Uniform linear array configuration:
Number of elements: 12
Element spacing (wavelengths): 1
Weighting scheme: binomial
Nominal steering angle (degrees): -45
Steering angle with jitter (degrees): -44.572
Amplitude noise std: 0.05
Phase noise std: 0.05

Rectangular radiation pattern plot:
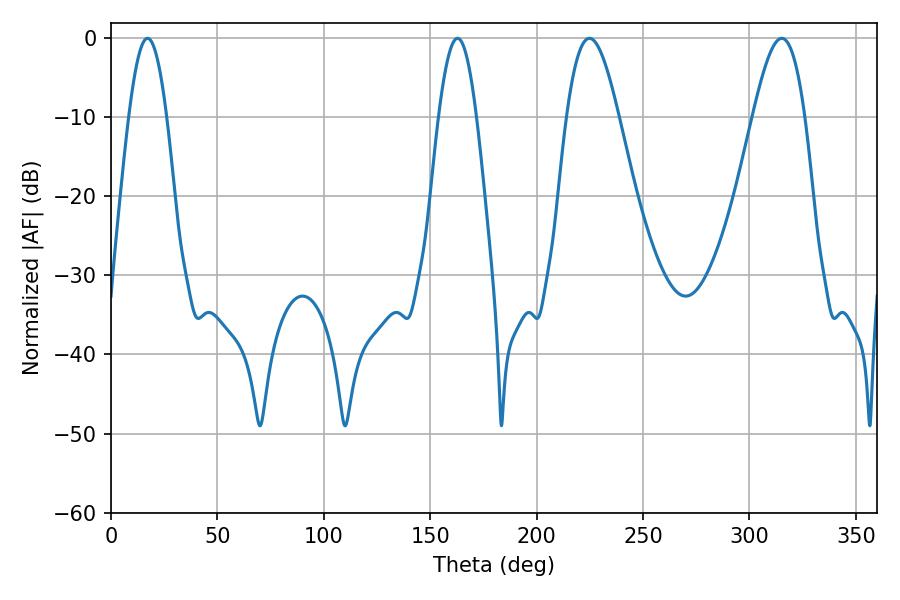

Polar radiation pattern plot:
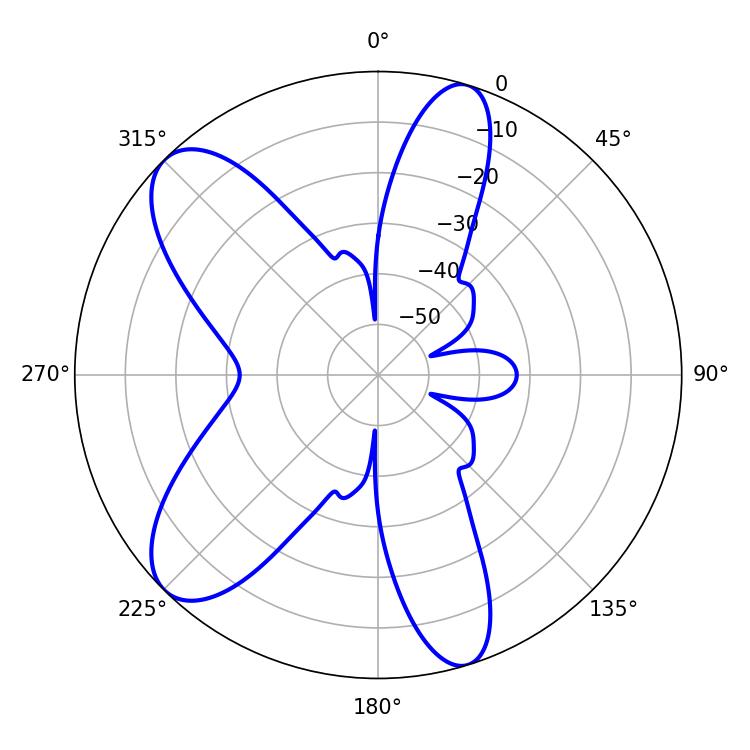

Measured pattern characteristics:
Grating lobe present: TRUE
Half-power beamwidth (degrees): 13.14
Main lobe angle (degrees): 224.82